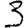
Digit: 3